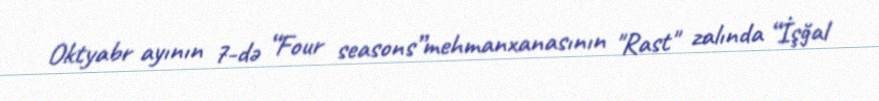
Oktyabr ayının 7-də “Four seasons”mehmanxanasının "Rast" zalında “İşğal